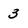
Character: 3